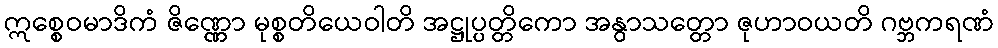
ဣစ္စေဝမာဒိကံ ဇိဏ္ဏော မုစ္စတိယေဝါတိ အဋ္ဌုပ္ပတ္တိကော အနွာသတ္တော ဇုဟာဝယတိ ဂဗ္ဘကရဏံ